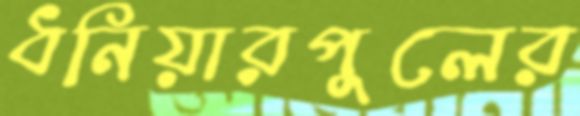
ধনিয়ারপুলের